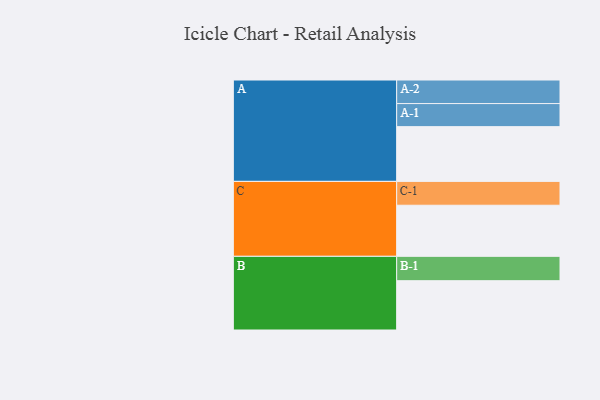
{"axis": {"x": "Segment", "y": "Value"}, "legend": ["", "A", "B", "C"], "data": [{"x": "A", "y": 555, "type": ""}, {"x": "B", "y": 500, "type": ""}, {"x": "C", "y": 518, "type": ""}, {"x": "A-1", "y": 234, "type": "A"}, {"x": "A-2", "y": 239, "type": "A"}, {"x": "B-1", "y": 247, "type": "B"}, {"x": "C-1", "y": 242, "type": "C"}]}